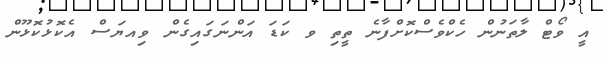
އީ ވޯޓް ލާތަނުން ހެކްވެސްކޮށްފާނެ ތީތި ވ ކަޑަ އަންނަގައިގެން ވިއޔަސް އެކޮޅުކޮޅޫން